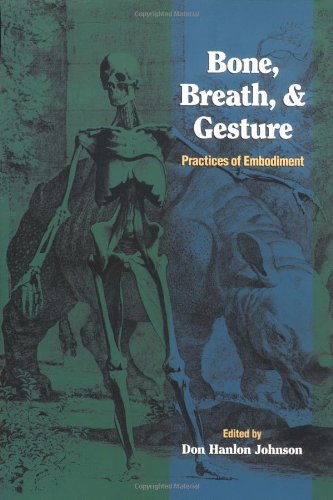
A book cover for Bone, Breath, and Gesture: Practices of Embodiment Volume 1 (Bone, Breath, & Gesture) (Vol 1); Health, Fitness & Dieting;